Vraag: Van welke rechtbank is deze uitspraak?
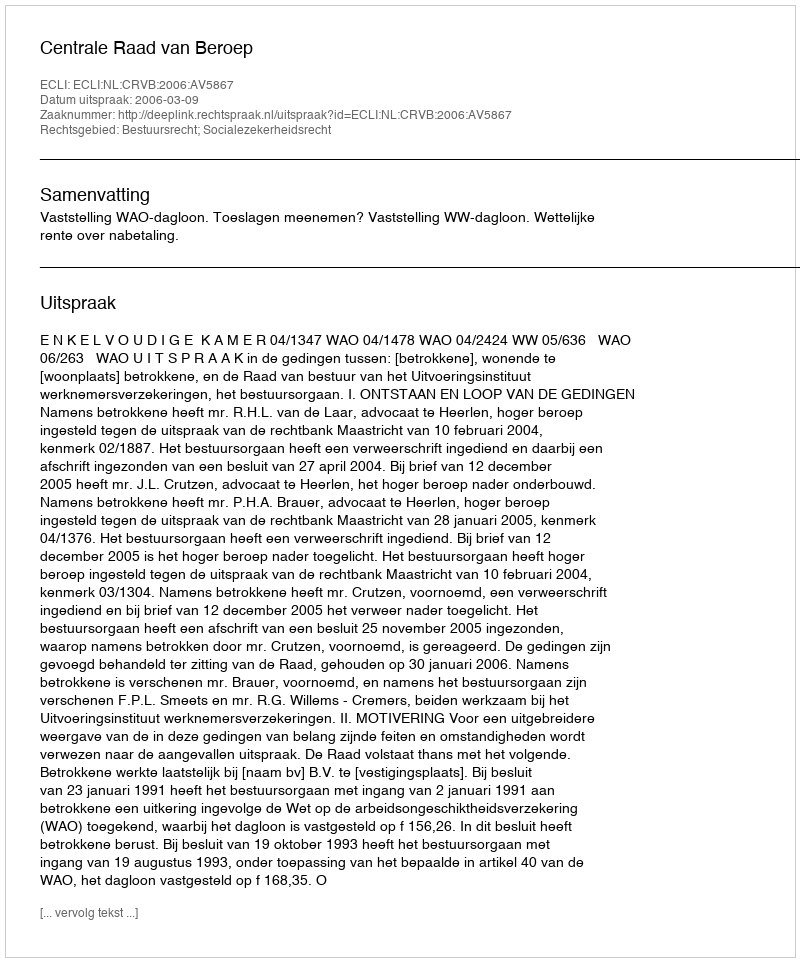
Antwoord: Centrale Raad van Beroep